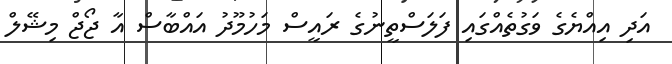
އަދި އިއްޔެގެ ވަގުތެއްގައި ފަލަސްތީނުގެ ރައީސް މަހުމޫދު އައްބާސް އާ ޖޯޖް މިޝޭލް